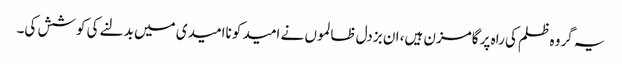
یہ گروہ ظلم کی راہ پر گامزن ہیں، ان بزدل ظالموں نے امید کو ناامیدی میں بدلنے کی کوشش کی۔